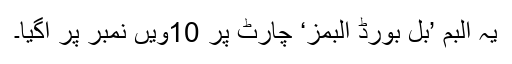
یہ البم ’بل بورڈ البمز‘ چارٹ پر 10ویں نمبر پر آگیا۔